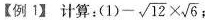
【例1】计算：(1)$$- \sqrt { 1 2 } \times \sqrt { 6 }$$ ;